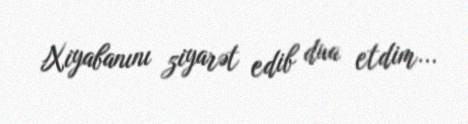
Xiyabanını ziyarət edib dua etdim...